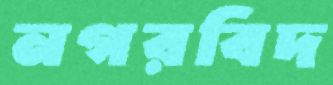
নগরবিদ